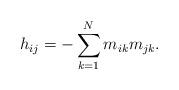
LaTeX: \begin{align*}h_{ij}=-\sum_{k=1}^{N}m_{ik}m_{jk}.\end{align*}